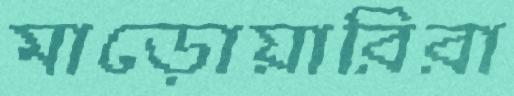
মাড়োয়ারিরা